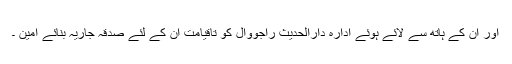
اور ان کے ہاتھ سے لائے ہوئے ادارہ دارالحدیث راجووال کو تاقیامت ان کے لئے صدقہ جاریہ بنائے آمین ۔